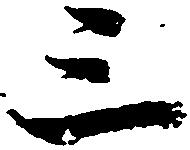
三